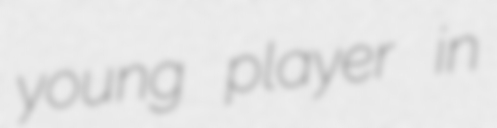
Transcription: young player in